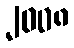
၂၀၀၈